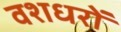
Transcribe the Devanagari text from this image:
वशधरों